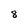
Character: 8